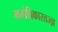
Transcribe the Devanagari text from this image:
मनोविकारतज्‍ज्ञ